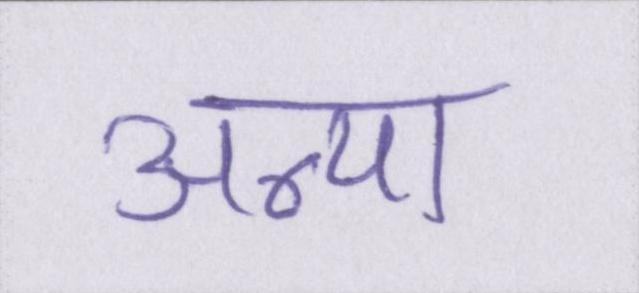
अन्या